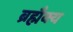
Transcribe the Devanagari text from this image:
ब्रह्मैक्य